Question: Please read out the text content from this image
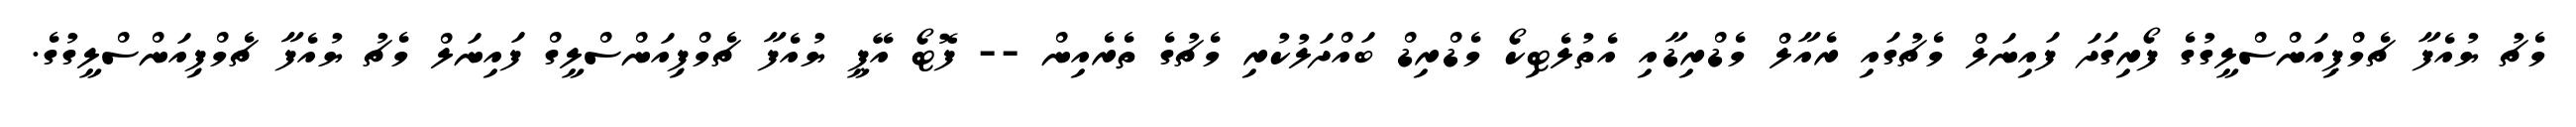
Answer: މެޗު ޔުއެފާ ޗެމްޕިއަންސްލީގުގެ ފޯރިގަދަ ފައިނަލް މެޗުގައި ރެއާލް މެޑްރިޑާއި އެތުލެޓިކޯ މެޑްރިޑް ބައްދަލުކުރި މެޗުގެ ތެރެއިން -- ފޮޓޯ އޭޕީ ޔުއެފާ ޗެމްޕިއަންސްލީގް ފައިނަލް މެޗު ޔުއެފާ ޗެމްޕިއަންސްލީގުގެ.